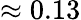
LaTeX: \approx 0.13